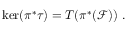
\ker ( \pi ^ { * } \tau ) = T ( \pi ^ { * } ( { \mathcal F } ) ) \ .